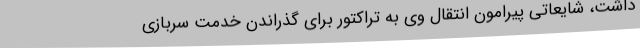
داشت، شایعاتی پیرامون انتقال وی به تراکتور برای گذراندن خدمت سربازی